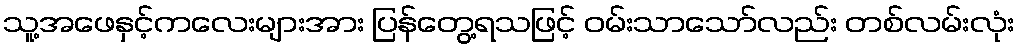
သူ့အဖေနှင့်ကလေးများအား ပြန်တွေ့ရသဖြင့် ဝမ်းသာသော်လည်း တစ်လမ်းလုံး